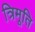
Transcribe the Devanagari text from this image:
त्रिमूति